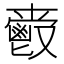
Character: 𲌤